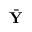
\bar { \mathbf Y }